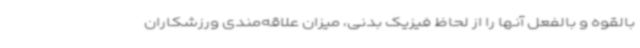
بالقوه و بالفعل آنها را از لحاظ فیزیک بدنی، میزان علاقه‌مندی ورزشکاران